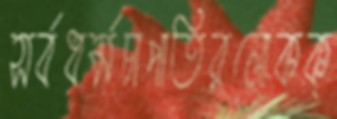
সর্বধর্মচাপাতিরলোকক্